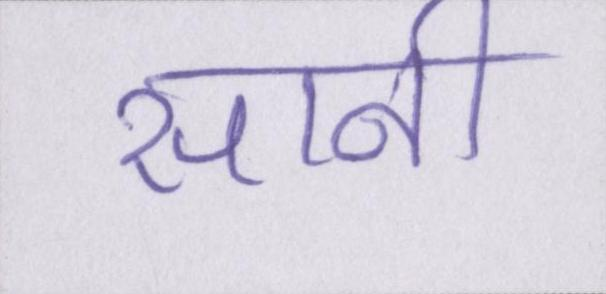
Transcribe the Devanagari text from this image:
सानी